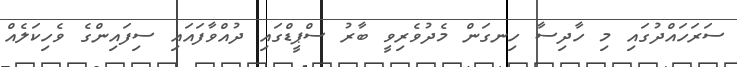
ސަރަހައްދުގައި މި ހާދިސާ ހިނގަން މެދުވެރިވީ ބާރު ސްޕީޑްގައި ދުއްވާފައައި ސިފައިންގެ ވެހިކަލެއް